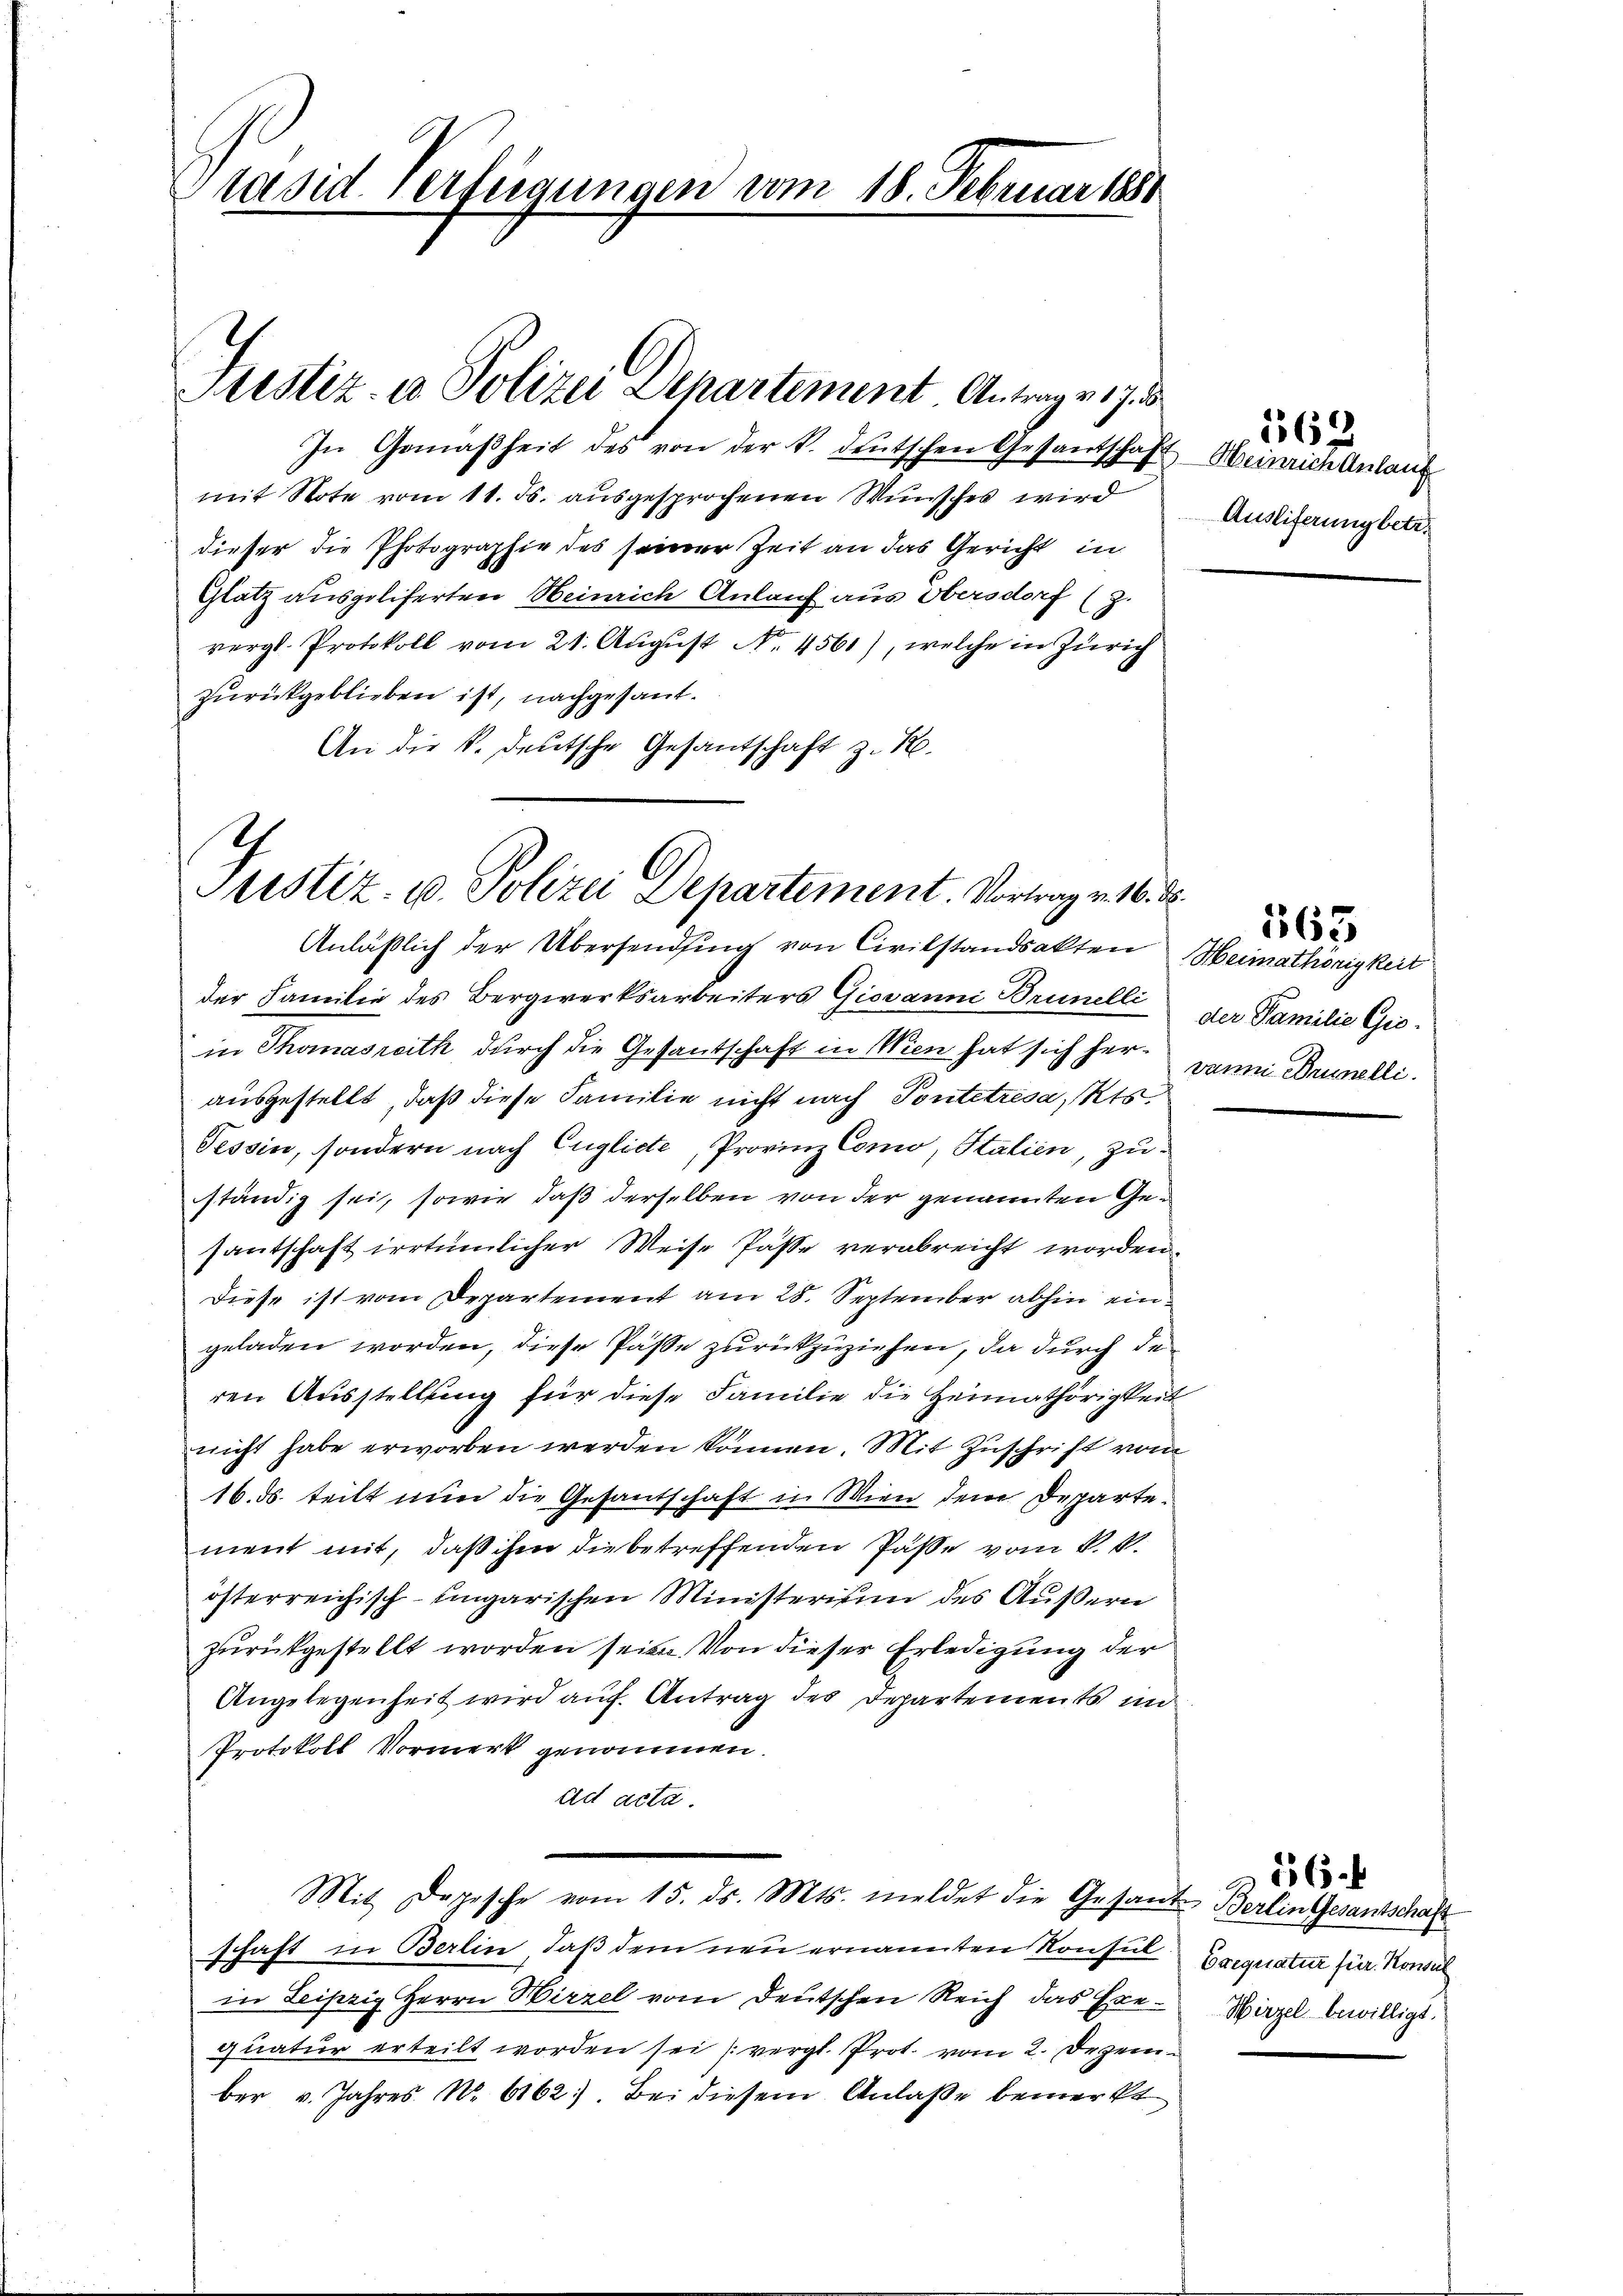
räsid. Verfügungen vom 18. Februar 1880

Justiz- u Polizei Departement Antrag v. 17. d.

In Gemäßheit des von der k. deutschen Gesandschaft Heinrich Anlauf
mit Note vom 11. Js. ausgesprochenen Wunsches wird
dieser die Photographie des seiner Zeit an das Gericht in
Glatz ausgeliferten Heinrich Anlauf aus Obersdorf (z.
vergl. Protokoll vom 21. Aŭgŭst No. 4561), welche in Zürich
zurückgeblieben ist, nachgesant.
An die k. deutsche Gesandschaft z. R.

G
Justiz- u. Polizei Departement. Vortrag v. 16. d.

Anläßlich der Übersendfing von Civilstandsakten Heimathörigkeit
der Familie des Bergwerksarbeiters Giovanni Brunelli der Familie Giein Thomasrath durch die Gesandschaft in Wien hat sich herausgestellt, daß diese Familie nicht nach Pontetresa, Kts.
Tessin, sondern nach Englicte, Provinz Como, Italien, zuständig sei, sowie daß derselben von der genannten Gesantschaft irrtümlicher Weise Pässe verabreicht worden.
Diese ist vom Departement am 28. September abhin eingeladen worden, diese Pässe zurückzuziehen, da durch de
ren Ausstellung für diese Familie die Heimathörigkeit
nicht habe erworben werden können. Mit Zuschrift vom
16. ds. teilt nun die Gesantschaft in Wien dem Departe.
ment mit, daß ihm die betreffenden Pässe vom 8. 61.
österreichisch-ungarischen Ministerium des Äußern
zurückgestellt worden seien. Von dieser Erledigung der
Angelegenheit wird auf Antrag des Departements im
Protokoll Vormerk genommen.
ad acta.

Mit Dopische vom 15. ds. Mts. meldet die Gesant Berlin Gesandtschaft

schaft in Berlin, daß dem neu ernannten Konsul Frequatur für Konsul
in Leipzig Herrn Hirzel vom Deutschen Reich das Exe-Wirzel bewilligt.
quatur erteilt worden sei vergl. Prot. vom 2. Dezember v. Jahres N. 6162. Bei diesem Anlaße bemerkt

Ausliferung betr.

169

dann Brunelli

563

56.